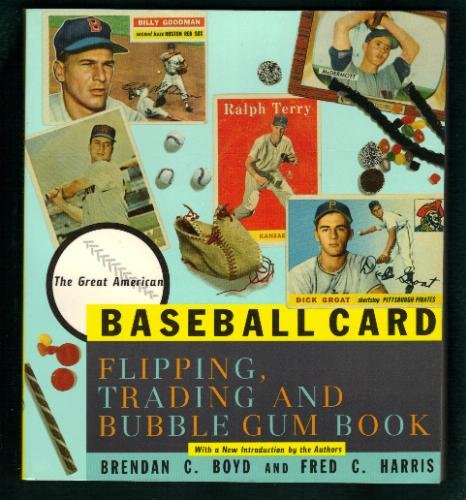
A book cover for The Great American Baseball Card Flipping, Trading and Bubble Gum Book; Fred C. Harris; Crafts, Hobbies & Home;